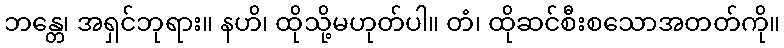
ဘန္တေ၊ အရှင်ဘုရား။ နဟိ၊ ထိုသို့မဟုတ်ပါ။ တံ၊ ထိုဆင်စီးစသောအတတ်ကို။